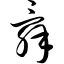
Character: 舜